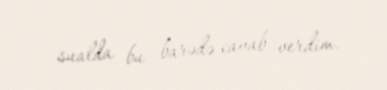
sualda bu barədə cavab verdim.